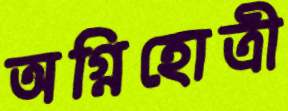
অগ্নিহোত্রী